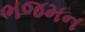
ભજમન